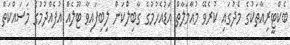
ބެކްޓީރިއާތަކުގެ މެދުގައި ކުރެވޭ މުއާމަލާތް އަޑުއެހުމުގެ ގާބިލްކަން ލިބިފައިވާ ޓޫލެއް އުފެއްދުމުގެ މަސައްކަތް